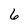
Character: 6